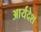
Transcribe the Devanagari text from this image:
आर्यदेश